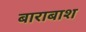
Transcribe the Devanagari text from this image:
बाराबाश